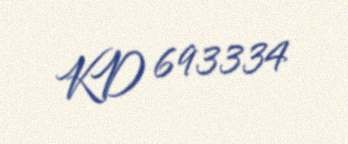
KD 693334